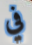
في